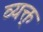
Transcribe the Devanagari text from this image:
व्यक्त्